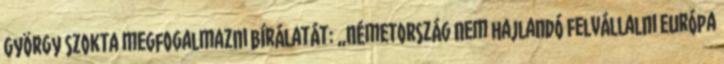
György szokta megfogalmazni bírálatát: „Németország nem hajlandó felvállalni Európa